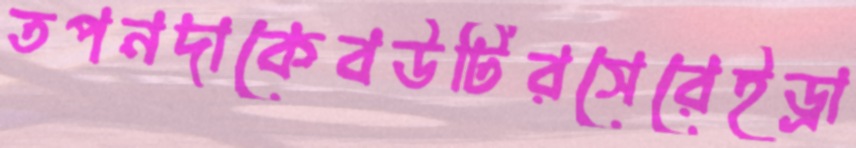
তপনদাকেবউটিরসেরেইড্রা